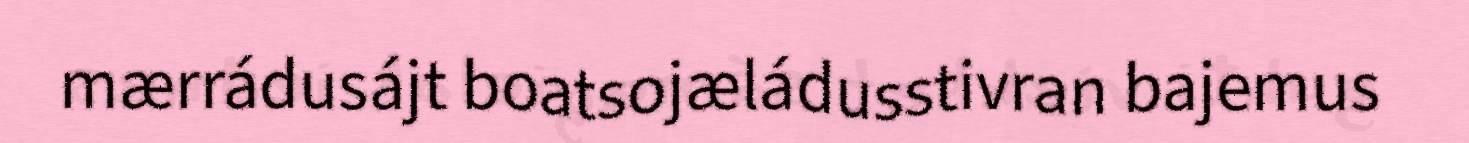
mærrádusájt boatsojæládusstivran bajemus